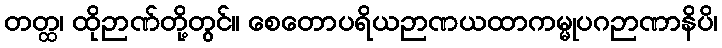
တတ္ထ၊ ထိုဉာဏ်တို့တွင်။ စေတောပရိယဉာဏယထာကမ္မုပဂဉာဏာနိပိ၊